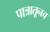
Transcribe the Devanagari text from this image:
पात्रातूनच